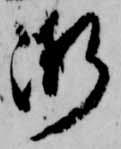
漸